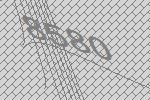
8580